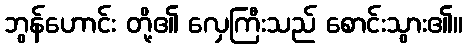
ဘွန်ဟောင်း တို့၏ လှေကြီးသည် စောင်းသွား၏။